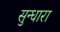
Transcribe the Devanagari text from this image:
सुन्धारा